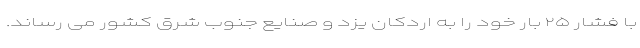
با فشار ۲۵ بار خود را به اردکان یزد و صنایع جنوب شرق کشور می رساند.